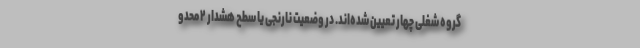
گروه شغلی چهار تعیین شده‌اند. در وضعیت نارنجی یا سطح هشدار ۲ محدو